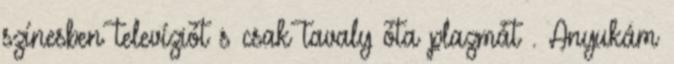
színesben televíziót s csak tavaly óta plazmát . Anyukám